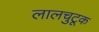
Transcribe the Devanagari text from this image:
लालचुटूक